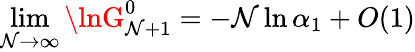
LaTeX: \operatorname*{lim}_{\mathcal{N}\rightarrow\infty}\lnG_{\mathcal{N}+1}^{0}=-\mathcal{N}\ln\alpha_{1}+O(1)